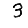
Digit: 3